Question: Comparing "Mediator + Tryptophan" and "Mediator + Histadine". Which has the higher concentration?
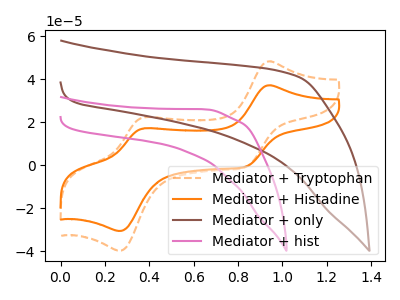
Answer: <think>The orange dashed curve "Mediator + Tryptophan" has anodic peaks at (0.95V, 48.35uA) (0.40V, 22.35uA) and cathodic peaks at (0.85V, -0.85uA) (0.25V, -39.75uA). The orange curve "Mediator + Histadine" has anodic peaks at (0.95V, 37.20uA) (0.40V, 17.20uA) and cathodic peaks at (0.85V, -0.65uA) (0.25V, -30.60uA). The brown curve "Mediator + only" has no peaks. The pink curve "Mediator + hist" has no peaks.
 All the peaks in "Mediator + Tryptophan" have a peak in "Mediator + Histadine" at the same potential. Every peak in "Mediator + Tryptophan" is higher than every peak in "Mediator + Histadine".</think>
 <answer>"Mediator + Tryptophan" has more signal than "Mediator + Histadine" and so likely has a higher concentration.</answer>
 <eval>more_concentration</eval>